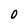
Character: 0